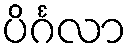
ပိင်္ဂလာ